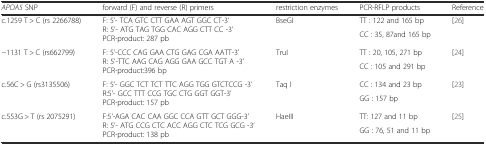
| APOA5 SNP | forward (F) and reverse (R) primers | restriction enzymes | PCR-RFLP products | Reference |
 | --- | --- | --- | --- | --- |
 | <ROWSPAN=2> c.1259 T > C (rs 2266788) | <ROWSPAN=2> F: 5’- TCA GTC CTT GAA AGT GGC CT-3’ R: 5’- ATG TAG TGG CAC AGG CTT CC -3’ PCR-product: 287 pb | <ROWSPAN=2> BseGI | TT : 122 and 165 bp | <ROWSPAN=2> [26] |
 | CC : 35, 87and 165 bp |
 | <ROWSPAN=2> −1131 T > C (rs662799) | <ROWSPAN=2> F: 5’-CCC CAG GAA CTG GAG CGA AATT-3’ R: 5’-TTC AAG CAG AGG GAA GCC TGT A -3’ PCR-product:396 bp | <ROWSPAN=2> TruI | TT : 20, 105, 271 bp | <ROWSPAN=2> [24] |
 | CC : 105 and 291 bp |
 | <ROWSPAN=2> c.56C > G (rs3135506) | <ROWSPAN=2> F: 5’- GGC TCT TCT TTC AGG TGG GTCTCCG -3’ R:5’- GCC TTT CCG TGC CTG GGT GGT-3’ PCR-product: 157 pb | <ROWSPAN=2> Taq I | CC : 134 and 23 bp | <ROWSPAN=2> [23] |
 | GG : 157 bp |
 | <ROWSPAN=2> c.553G > T (rs 2075291) | <ROWSPAN=2> F:5’-AGA CAC CAA GGC CCA GTT GCT GGG-3’ R: 5’- ATG CCG CTC ACC AGG CTC TCG GCG -3’ PCR-product: 138 pb | <ROWSPAN=2> HaeIII | TT: 127 and 11 bp | <ROWSPAN=2> [25] |
 | GG : 76, 51 and 11 bp |